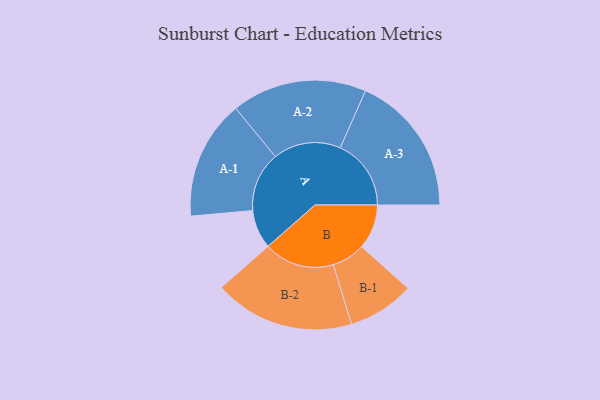
{"axis": {"x": "Segment", "y": "Value"}, "legend": ["", "A", "B"], "data": [{"x": "A", "y": 156, "type": ""}, {"x": "B", "y": 180, "type": ""}, {"x": "A-1", "y": 240, "type": "A"}, {"x": "A-2", "y": 272, "type": "A"}, {"x": "A-3", "y": 285, "type": "A"}, {"x": "B-1", "y": 134, "type": "B"}, {"x": "B-2", "y": 283, "type": "B"}]}